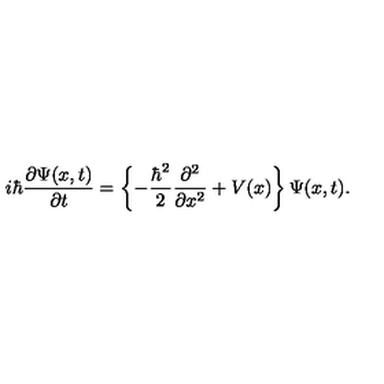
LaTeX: i \hbar \frac { \partial \Psi ( x , t ) } { \partial t } = \left\{ - \frac { \hbar ^ { 2 } } { 2 } \frac { \partial ^ { 2 } } { \partial x ^ { 2 } } + V ( x ) \right\} \Psi ( x , t ) .